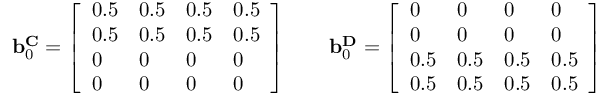
\begin{array} { r } { \mathbf { b } _ { 0 } ^ { \mathbf { C } } = \left[ \begin{array} { l l l l } { 0 . 5 } & { 0 . 5 } & { 0 . 5 } & { 0 . 5 } \\ { 0 . 5 } & { 0 . 5 } & { 0 . 5 } & { 0 . 5 } \\ { 0 } & { 0 } & { 0 } & { 0 } \\ { 0 } & { 0 } & { 0 } & { 0 } \end{array} \right] \qquad \mathbf { b } _ { 0 } ^ { \mathbf { D } } = \left[ \begin{array} { l l l l } { 0 } & { 0 } & { 0 } & { 0 } \\ { 0 } & { 0 } & { 0 } & { 0 } \\ { 0 . 5 } & { 0 . 5 } & { 0 . 5 } & { 0 . 5 } \\ { 0 . 5 } & { 0 . 5 } & { 0 . 5 } & { 0 . 5 } \end{array} \right] } \end{array}